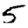
Digit: 5